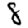
Digit: 8